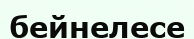
бейнелесе